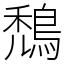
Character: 鵚